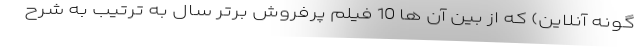
گونه آنلاین) که از بین آن ها 10 فیلم پرفروش برتر سال به ترتیب به شرح